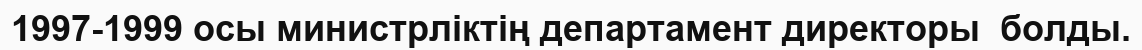
1997-1999 осы министрліктің департамент директоры  болды.